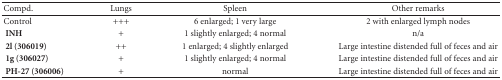
<table><thead><tr><td><b> Compd.</b></td><td><b> Lungs</b></td><td><b>Spleen</b></td><td><b> Other remarks</b></td></tr></thead><tbody><tr><td> Control</td><td> +++</td><td> 6 enlarged; 1 very large</td><td> 2 with enlarged lymph nodes</td></tr><tr><td><b> INH </b></td><td> +</td><td> 1 slightly enlarged; 4 normal</td><td> n/a</td></tr><tr><td><b> 2l (306019) </b></td><td> ++</td><td> 1 enlarged; 4 slightly enlarged</td><td> Large intestine distended full of feces and air</td></tr><tr><td><b> 1g (306027) </b></td><td> +</td><td> 1 slightly enlarged; 4 normal</td><td> Large intestine distended full of feces and air</td></tr><tr><td><b> PH-27 (306006) </b></td><td> +</td><td> normal</td><td> Large intestine distended full of feces and air</td></tr></tbody></table>